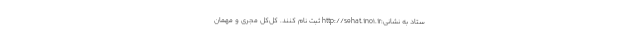
ستاد به نشانی:http://sehat.ino1.ir ثبت نام کنند. كل‌كل مجری و مهمان